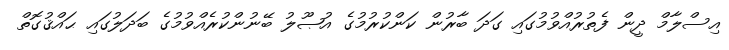
އިސްލާމް ދީން ފެތުރުއްވުމުގައި ގަދަ ބާރުން ކަންކުރުމުގެ އުޞޫލު ބޭނުންކުރެއްވުމުގެ ބަދަލުގައި ޙައްޤުގޮތް